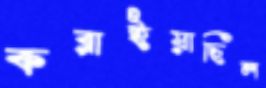
করাইয়াছিল